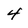
Character: 4